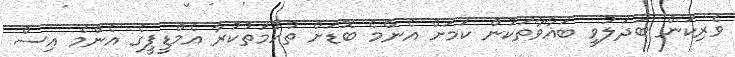
ވެރިކަން ބަދަލުވީ ބަޣާވާތަކުން ކަމަށް އެންމެ ބޮޑަށް ތުހުމަތުކުރާ އެމްޑީޕީގެ އެންމެ އިސް